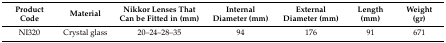
| Product Code | Material | Nikkor Lenses That Can be Fitted in (mm) | Internal Diameter (mm) | External Diameter (mm) | Length (mm) | Weight (gr) |
 | --- | --- | --- | --- | --- | --- | --- |
 | NI320 | Crystal glass | 20–24–28–35 | 94 | 176 | 91 | 671 |